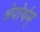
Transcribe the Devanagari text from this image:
श्रेयोर्थम्‌